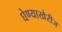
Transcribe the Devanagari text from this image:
घेण्याखेरीज